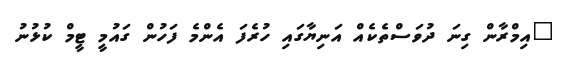
"އިމްރާން ގިނަ ދުވަސްތެކެއް އަނިޔާގައި ހުރެފަ އެންމެ ފަހުން ގައުމީ ޓީމް ކުޅުނު